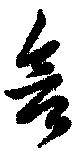
含